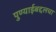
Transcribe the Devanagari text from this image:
पुण्याईबद्दलचा